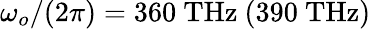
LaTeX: \omega_{o}/(2\pi)=360\ \mathrm{THz}\ (390\ \mathrm{THz})